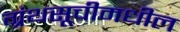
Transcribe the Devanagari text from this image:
ग्रंथसूचीमधील